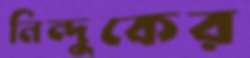
নিন্দুকের